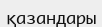
қазандары